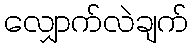
လျှောက်လဲချက်